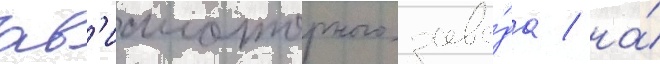
ав'иамоторного заво́да / на́